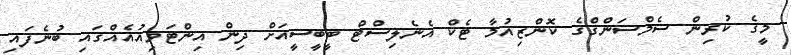
މީގެ ކުރިން ސެމްސަންގްގެ ކޮންޒިއުމާ ޓެކް އެނެލިސްޓް ބީބީސީއަށް ދިން އިންޓަވިއުއެއްގައި ބުނެފައި